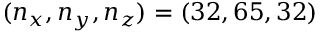
( n _ { x } , n _ { y } , n _ { z } ) = ( 3 2 , 6 5 , 3 2 )